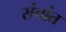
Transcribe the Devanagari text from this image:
संचांत